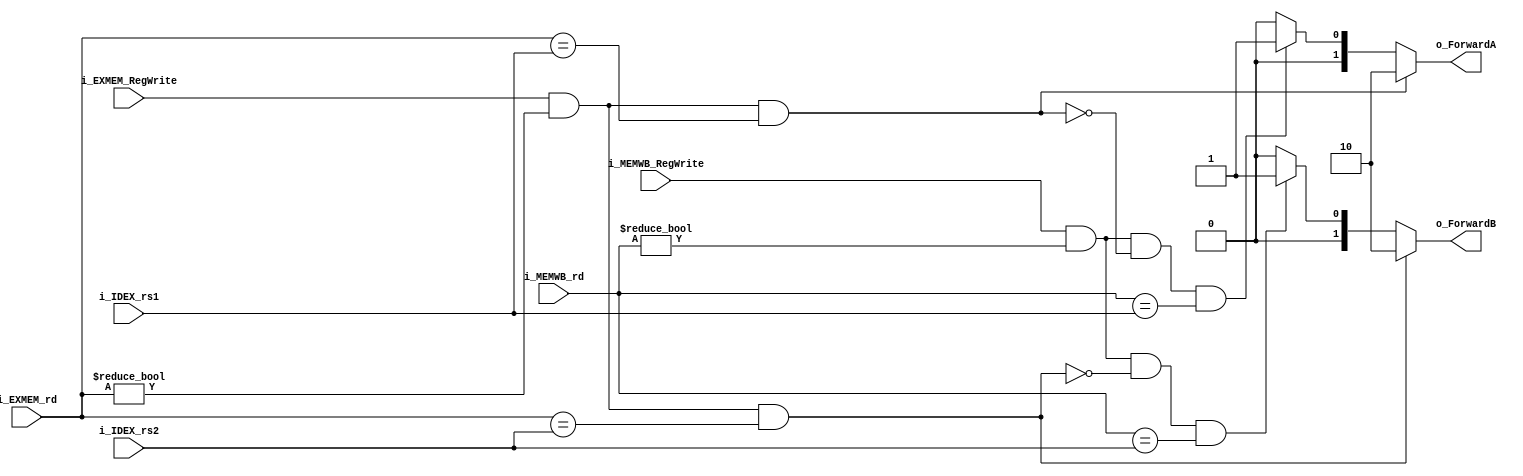
module ForwardingUnit (
	input	   [5-1:0] i_IDEX_rs1,
	input	   [5-1:0] i_IDEX_rs2,
	input	   [5-1:0] i_EXMEM_rd,
	input			   i_EXMEM_RegWrite,
	input	   [5-1:0] i_MEMWB_rd,
	input			   i_MEMWB_RegWrite,
	output reg [2-1:0] o_ForwardA,
	output reg [2-1:0] o_ForwardB
);

	always @(*) begin
		// EX hazard of rs1
		if(i_EXMEM_RegWrite &&
		   i_EXMEM_rd != 0 &&
		   i_EXMEM_rd == i_IDEX_rs1) begin
		    o_ForwardA = 2'b10;
		end
		// MEM hazard of rs1
		else if(i_MEMWB_RegWrite &&
		   i_MEMWB_rd != 0 &&
		   !(i_EXMEM_RegWrite && i_EXMEM_rd != 0 && 
		   i_EXMEM_rd == i_IDEX_rs1) &&
		   i_MEMWB_rd == i_IDEX_rs1) begin
			o_ForwardA = 2'b01;
		end
		else begin
			o_ForwardA = 2'b00;
		end

		// EX hazard of rs2
		if(i_EXMEM_RegWrite &&
		   i_EXMEM_rd != 0 &&
		   i_EXMEM_rd == i_IDEX_rs2) begin
		    o_ForwardB = 2'b10;
		end
		// MEM hazard of rs2
		else if(i_MEMWB_RegWrite &&
		   i_MEMWB_rd != 0 &&
		   !(i_EXMEM_RegWrite && i_EXMEM_rd != 0 &&
		   i_EXMEM_rd == i_IDEX_rs2) &&
		   i_MEMWB_rd == i_IDEX_rs2) begin
			o_ForwardB = 2'b01;
		end
		else begin
			o_ForwardB = 2'b00;
		end
	end


endmodule